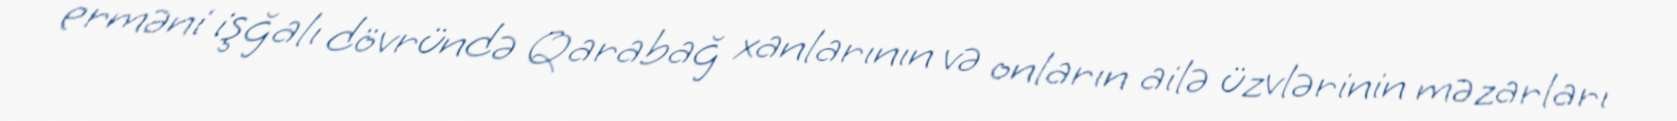
erməni işğalı dövründə Qarabağ xanlarının və onların ailə üzvlərinin məzarları